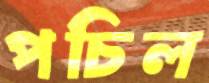
পচিল